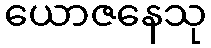
ယောဇနေသု